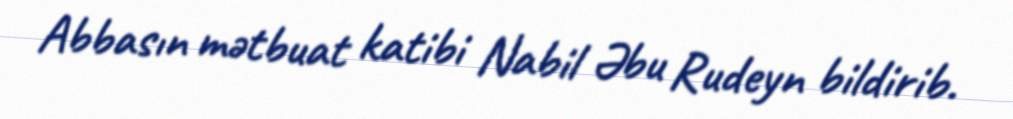
Abbasın mətbuat katibi Nabil Əbu Rudeyn bildirib.